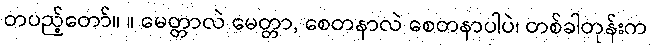
တပည့်တော်။ ။ မေတ္တာလဲ မေတ္တာ, စေတနာလဲ စေတနာပါပဲ၊ တစ်ခါတုန်းက